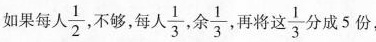
如果每人 \frac{1}{2}不够，每人 \frac{1}{3}余\frac{1}{3}再将这 \frac{1}{3}分成5份，